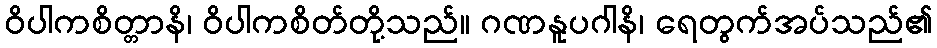
ဝိပါကစိတ္တာနိ၊ ဝိပါကစိတ်တို့သည်။ ဂဏနူပဂါနိ၊ ရေတွက်အပ်သည်၏